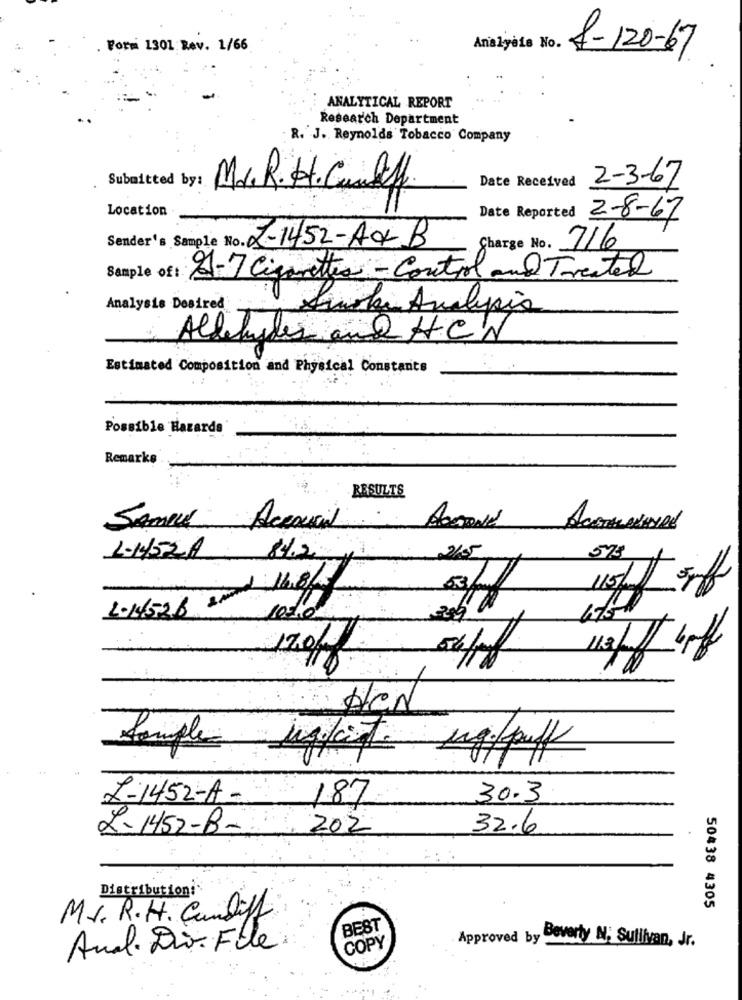
Forni 1301 Rev. 1/66
Analyèis No.
f-120-67
ANALYTICAL REPORT
Research Department
R. J. Reynolds Tobacco Company
Date Received
2-3-67
Submitted by :
Mr. R. H.Califf
Location
Date Reported
2-8-67
Sender's Sample No. J-1452-A0B
Charge No.
716
Sample of:
9-7 Cigarettea - Control and Treated
Analysis Desired
Awoke Analysis
Aldehydes and HCN
Estimated Composition and Physical Constants
Possible Hazards
Remarke
RESULTS
SAMPLE Accoucial
L-1452A 84.2
57€
L.14528 20 16.8/
115/ 5off
of
1020
170/
Her
Sample
ug/puff
X-1452-A -
187
30.3
2- 1452-B-
202
32.6
Distributioni
50438 4305
Mr. R.H. Cundiff
BEST
Anal. Div. File
COPY
Approved by Beverly N. Sullivan, Jr.